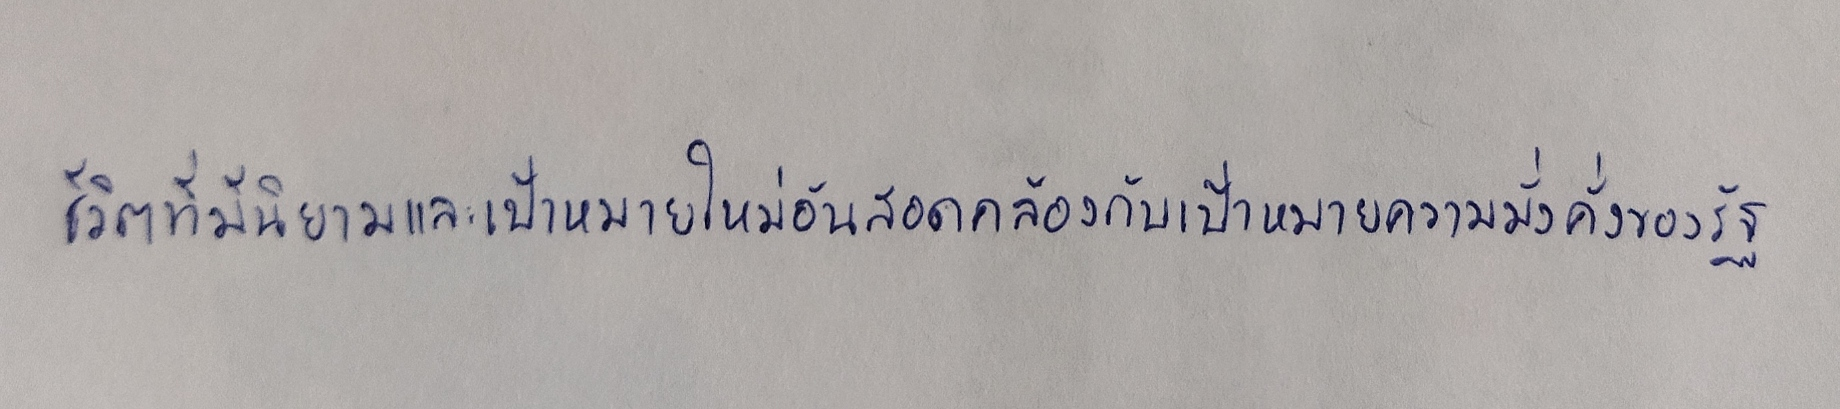
ชีวิตที่มีนิยามและเป้าหมายใหม่อันสอดคล้องกับเป้าหมายความมั่งคั่งของรัฐ